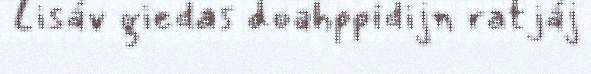
Lisáv giedas doahppidijn ratjáj